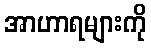
အာဟာရများကို